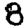
Digit: 8